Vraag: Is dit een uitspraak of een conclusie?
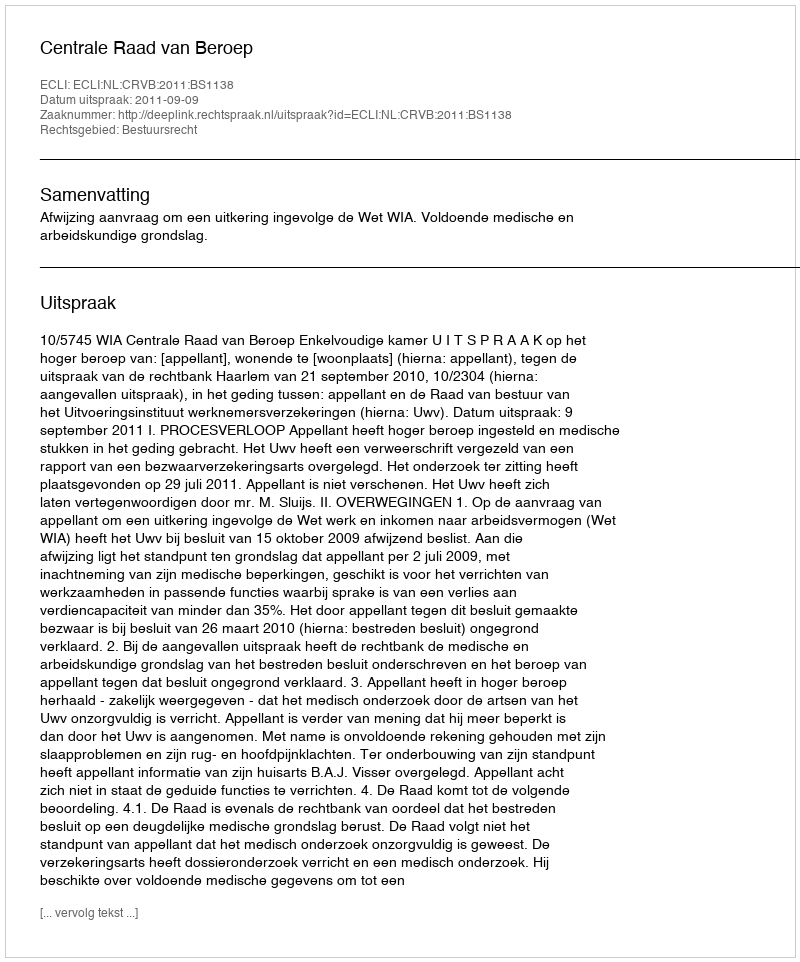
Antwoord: Uitspraak